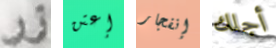
زر إعتن إنفجار أجلك